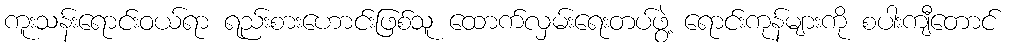
ကူးသန်းရောင်းဝယ်ရာ ရည်းစားဟောင်းဖြစ်သူ ထောက်လှမ်းရေးတပ်ဖွဲ့ ရောင်းကုန်များကို စပါးကျီတောင်